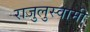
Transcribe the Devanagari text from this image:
राजुलुस्वामी